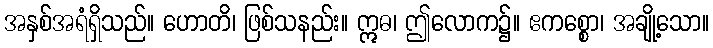
အနှစ်အရံရှိသည်။ ဟောတိ၊ ဖြစ်သနည်း။ ဣဓ၊ ဤလောက၌။ ဧကစ္စော၊ အချို့သော။